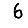
Digit: 6